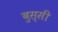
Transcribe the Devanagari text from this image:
बुस्सी